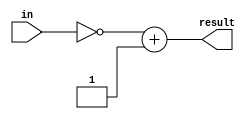
module twosCompliment(in,result);
   input [7:0] in;
   output [7:0] result;
   reg result;
   always@(*) 
   begin
       result = ~in+1;
   end
endmodule